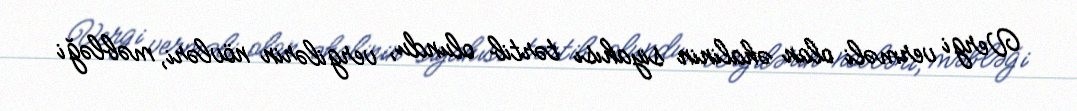
Vergi verməli olan əhalinin siyahısı tərtib olundu, vergilərin növləri, məbləği